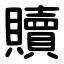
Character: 贖